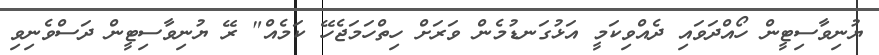
ޔުނިވާސިޓީން ހޯއްދަވައި ދެއްވިކަމީ އަޅުގަނޑުމެން ވަރަށް ހިތްހަމަޖެހޭ ކަމެއް" ރޭ ޔުނިވާސިޓީން ދަސްވެނިވި